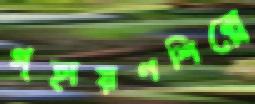
গৃহায়ণশিল্পে